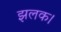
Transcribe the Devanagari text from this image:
झलक।